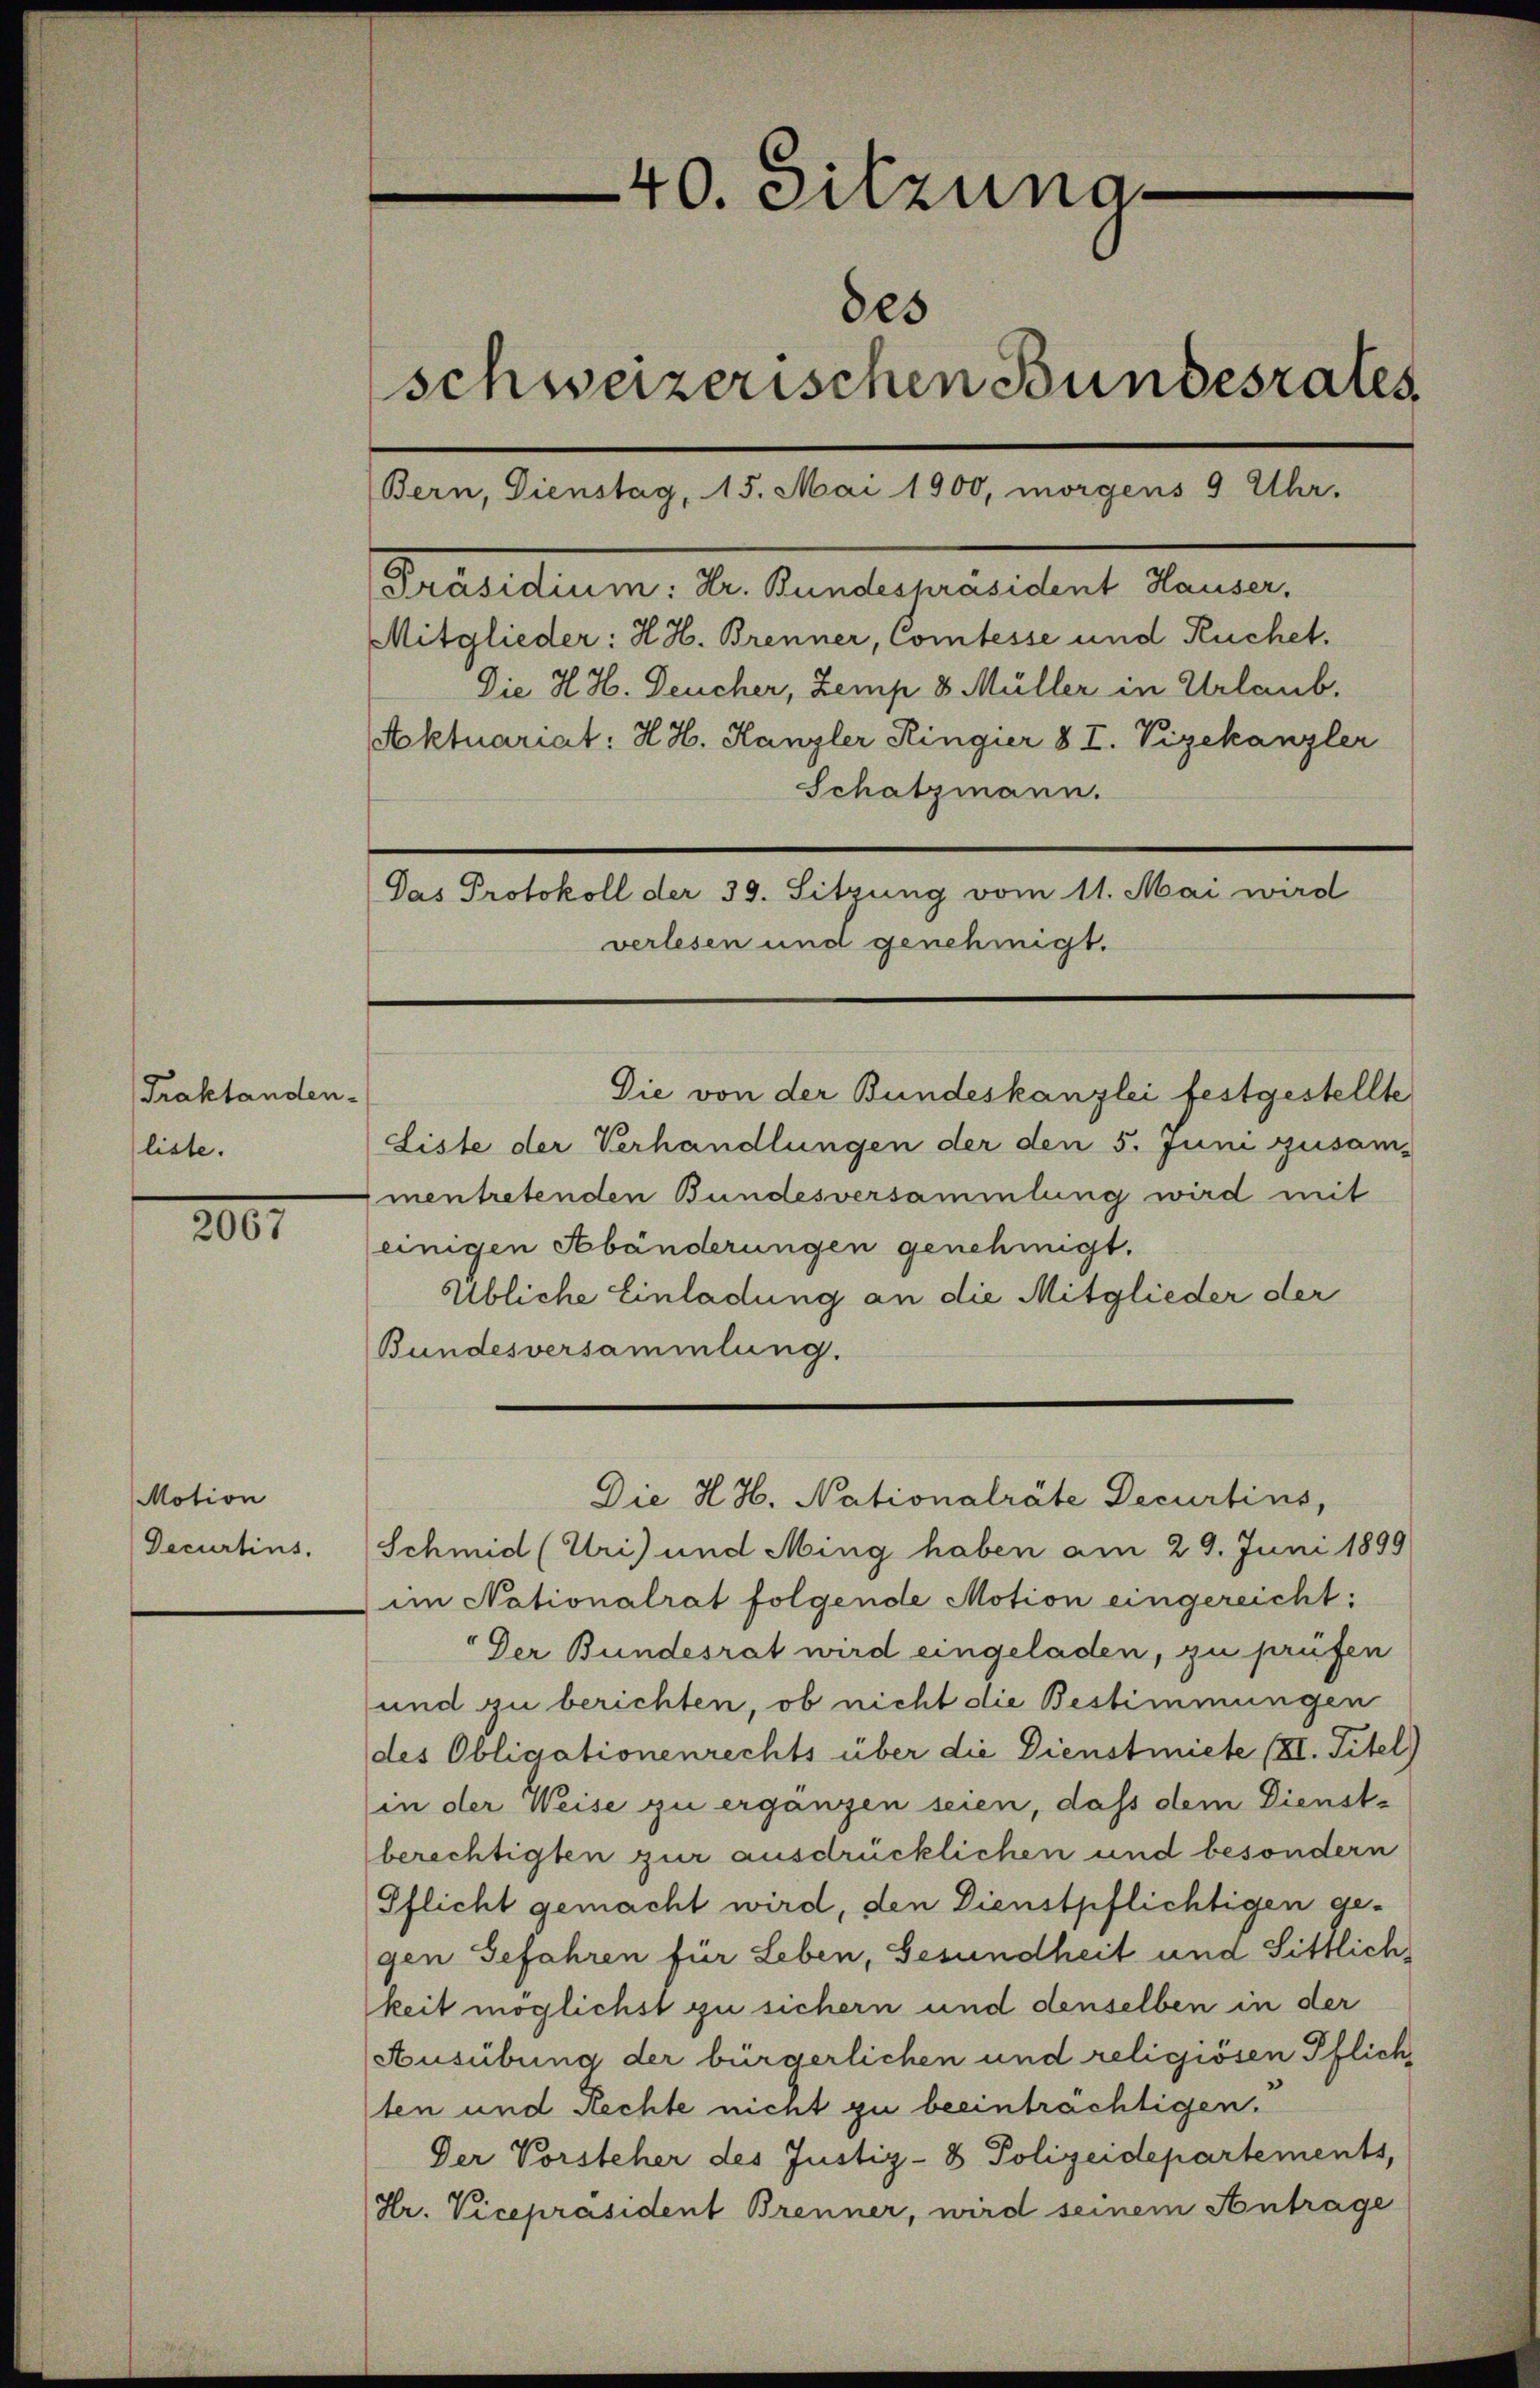
Traktanden-
liste.

2001

Motion
Decurtins.

40. Sitzung
des
schweizerischen Bundesrates
(Bern, Dienstag, 15. Mai 1900, morgens 9 Uhr.
[Präsidium: Dr. Bundespräsident Hauser,
Mitglieder: H. H. Brenner, Comtesse und Ruchet.
Die H. H. Deucher, Zemp 8. Müller in Urlaub,

Aktuariat: H. H. Hanzler Ringier 8 I. Vizekanzler
Schatzmann.
Das Protokoll der 39. Sitzung vom 11. Mai wird
verlesen und genehmigt.

Die H.H. Nationalräte Decurtins,

Die von der Bundeskanzlei festgestellte
Liste der Verhandlungen der den 5. Juni zusam-
mentretenden Bundesversammlung wird mit
einigen Abänderungen genehmigt.
Übliche Einladung an die Mitglieder der
Bundesversammlung.
Schmid (Uri) und Ming haben am 29. Juni 1899
im Nationalrat folgende Motion eingereicht:
Der Bundesrat wird eingeladen, zu prüfen
und zu berichten, ob nicht die Bestimmungen
des Obligationenrechts über die Dienstmiete III. Titel)
(in der Weise zu erganzen seien, dass dem Dienste
berechtigten zur ausdrücklichen und besondern
Pflicht gemacht wird, den Dienstpflichtigen gegen Gefahren für Leben, Gesundheit und Sittlichkeit möglichst zu sichern und denselben in der
Ausübung der bürgerlichen und religiösen Pflich,
ten und Rechte nicht zu beeinträchtigen.
Der Vorsteher des Justiz- & Polizeidepartements,
Hr. Vicepräsident Brenner, wird seinem Antrage